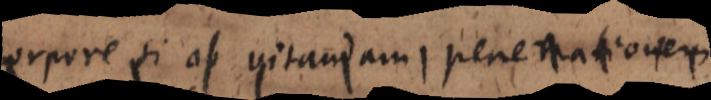
corpore si ob vitandam penetrationem